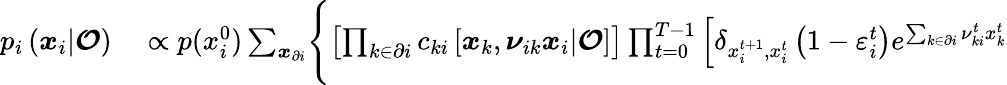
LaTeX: \begin{array}{rl}{p_{i}\left(\boldsymbol{x}_{i}|\boldsymbol{\mathcal{O}}\right)}&{{}\propto p(x_{i}^{0})\sum_{\boldsymbol{x}_{\partial i}}\Biggl\{ \left[\prod_{k\in\partial i}c_{ki}\left[\boldsymbol{x}_{k},\boldsymbol{\nu}_{ik}\boldsymbol{x}_{i}|\boldsymbol{\mathcal{O}}\right]\right]\prod_{t=0}^{T-1}\left[\delta_{x_{i}^{t+1},x_{i}^{t}}\left(1-\varepsilon_{i}^{t}\right)e^{\sum_{k\in\partial i}\nu_{ki}^{t}x_{k}^{t}}\right.}\end{array}